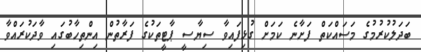
ބަދަލުކުރުމުގެ މަސައްކަތް ފަށާނެ ކަމަށް ގުޅިފައިވާ ސިޔާސީ ޕާޓީތަކުގެ ފަރާތުން އިންތިހާބުގައި ވާދަކުރައްވާ